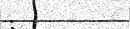
: